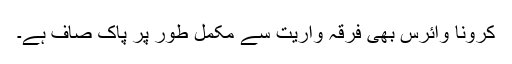
کرونا وائرس بھی فرقہ واریت سے مکمل طور پر پاک صاف ہے۔